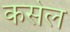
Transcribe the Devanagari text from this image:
कसेल